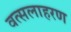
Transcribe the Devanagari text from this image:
वत्सलाहरण